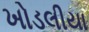
ખોડલીયા